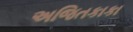
અજિતકાકા